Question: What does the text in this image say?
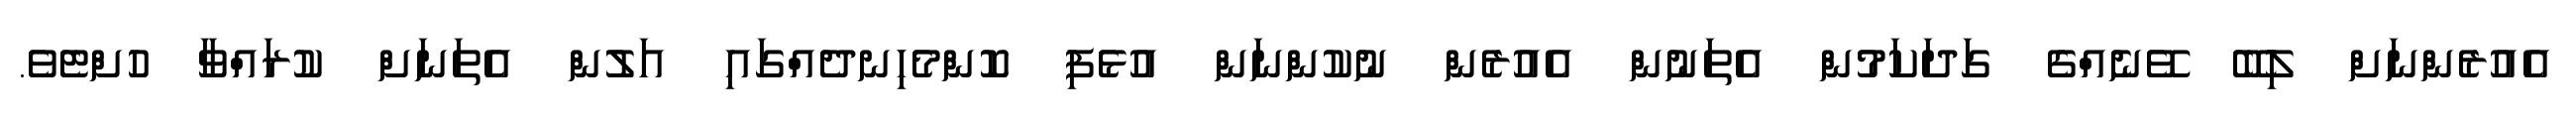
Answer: އެއުރެންނަށް ލިބޭ ވޭނެއްގެ ގަދަކަމުން އެތަނުން އެއުރެން ނުކުންނަން އުޅެފި ކޮންމެހިނދެއްގައި އަލުން އެތަނަށް ކުރައްވާ ހުށްޓެވެ.